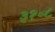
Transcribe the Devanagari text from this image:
३१॰८